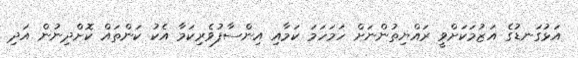
އަޅުގަނޑުގެ އަޒުމަކަށްވީ ރައްޔިތުންނަށް ހަމަހަމަ ކަމާއި އިންސާފުވެރިކަމާ އެކު ކަންތައް ކޮށްދިނުން އަދި